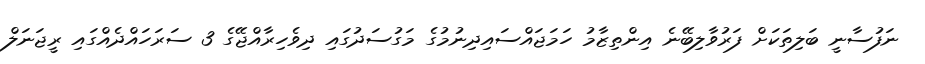
ނަފުސާނީ ބަލިތަކަށް ފަރުވާލިބޭނެ އިންތިޒާމު ހަމަޖައްސައިދިނުމުގެ މަގުސަދުގައި ދިވެހިރާއްޖޭގެ 3 ސަރަހައްދެއްގައި ރީޖަނަލް